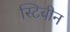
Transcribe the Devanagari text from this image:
स्टिबीन